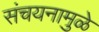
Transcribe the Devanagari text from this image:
संचयनामुळे